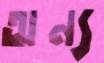
অন্য